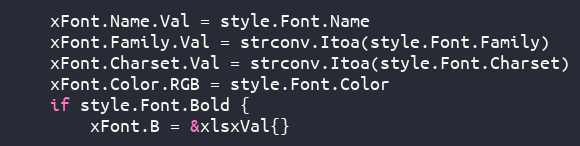
Language: Go
	xFont.Name.Val = style.Font.Name
	xFont.Family.Val = strconv.Itoa(style.Font.Family)
	xFont.Charset.Val = strconv.Itoa(style.Font.Charset)
	xFont.Color.RGB = style.Font.Color
	if style.Font.Bold {
		xFont.B = &xlsxVal{}